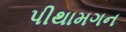
પીથામગન